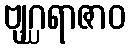
ဗျဂ္ဃရာဇာဝ